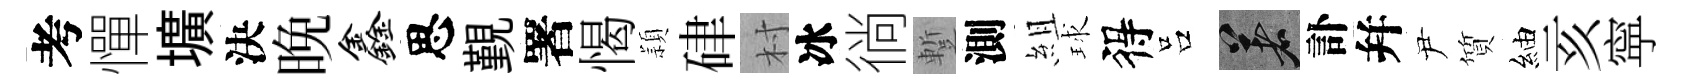
考憚壙決晩鑫思覲署愒頴硉村冰徜蹔測組球得吕著訃幷尹質紬亥寜